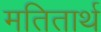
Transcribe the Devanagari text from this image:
मतितार्थ